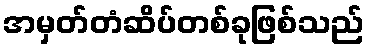
အမှတ်တံဆိပ်တစ်ခုဖြစ်သည်